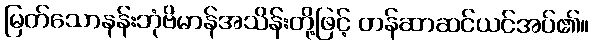
မြတ်သောနန်းဘုံဗိမာန်အသိန်းတို့ဖြင့် တန်ဆာဆင်ယင်အပ်၏။